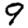
Digit: 9